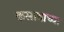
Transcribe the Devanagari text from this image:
कसाबाच्या